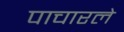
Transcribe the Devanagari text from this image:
पाचारले